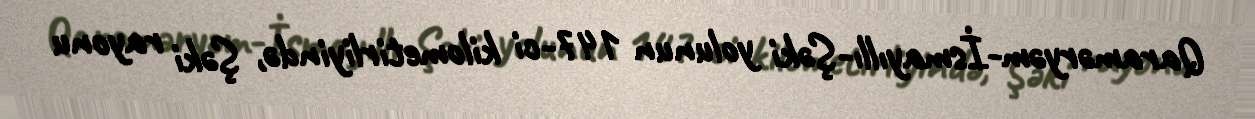
Qaraməryəm-İsmayıllı-Şəki yolunun 147-ci kilometirliyində, Şəki rayonu